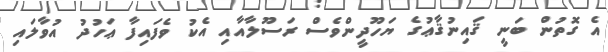
އެ ގޮތުން ބަނީ ޤައިނުޤާޢުގެ ޔަހޫދީންވެސް ރަސޫލާއާއި އެކު ވެފައިފާ ޢަހުދު އުވާލައި